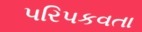
પરિપકવતા